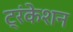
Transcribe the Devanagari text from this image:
ट्रंकेशन